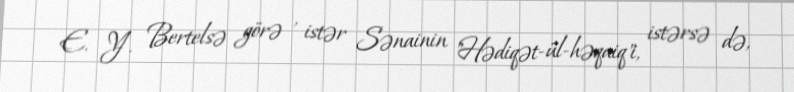
E. Y. Bertelsə görə , istər Sənainin "Hədiqət-ül-həqaiq"i, istərsə də,